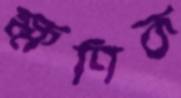
ক্ষণিক